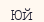
Юй